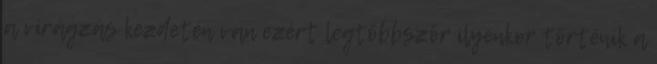
a virágzás kezdetén van ezért legtöbbször ilyenkor történik a